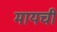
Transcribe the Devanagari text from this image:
मायची